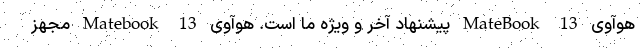
هوآوی MateBook 13 پیشنهاد آخر و ویژه ما است. هوآوی Matebook 13 مجهز